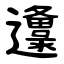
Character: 邍